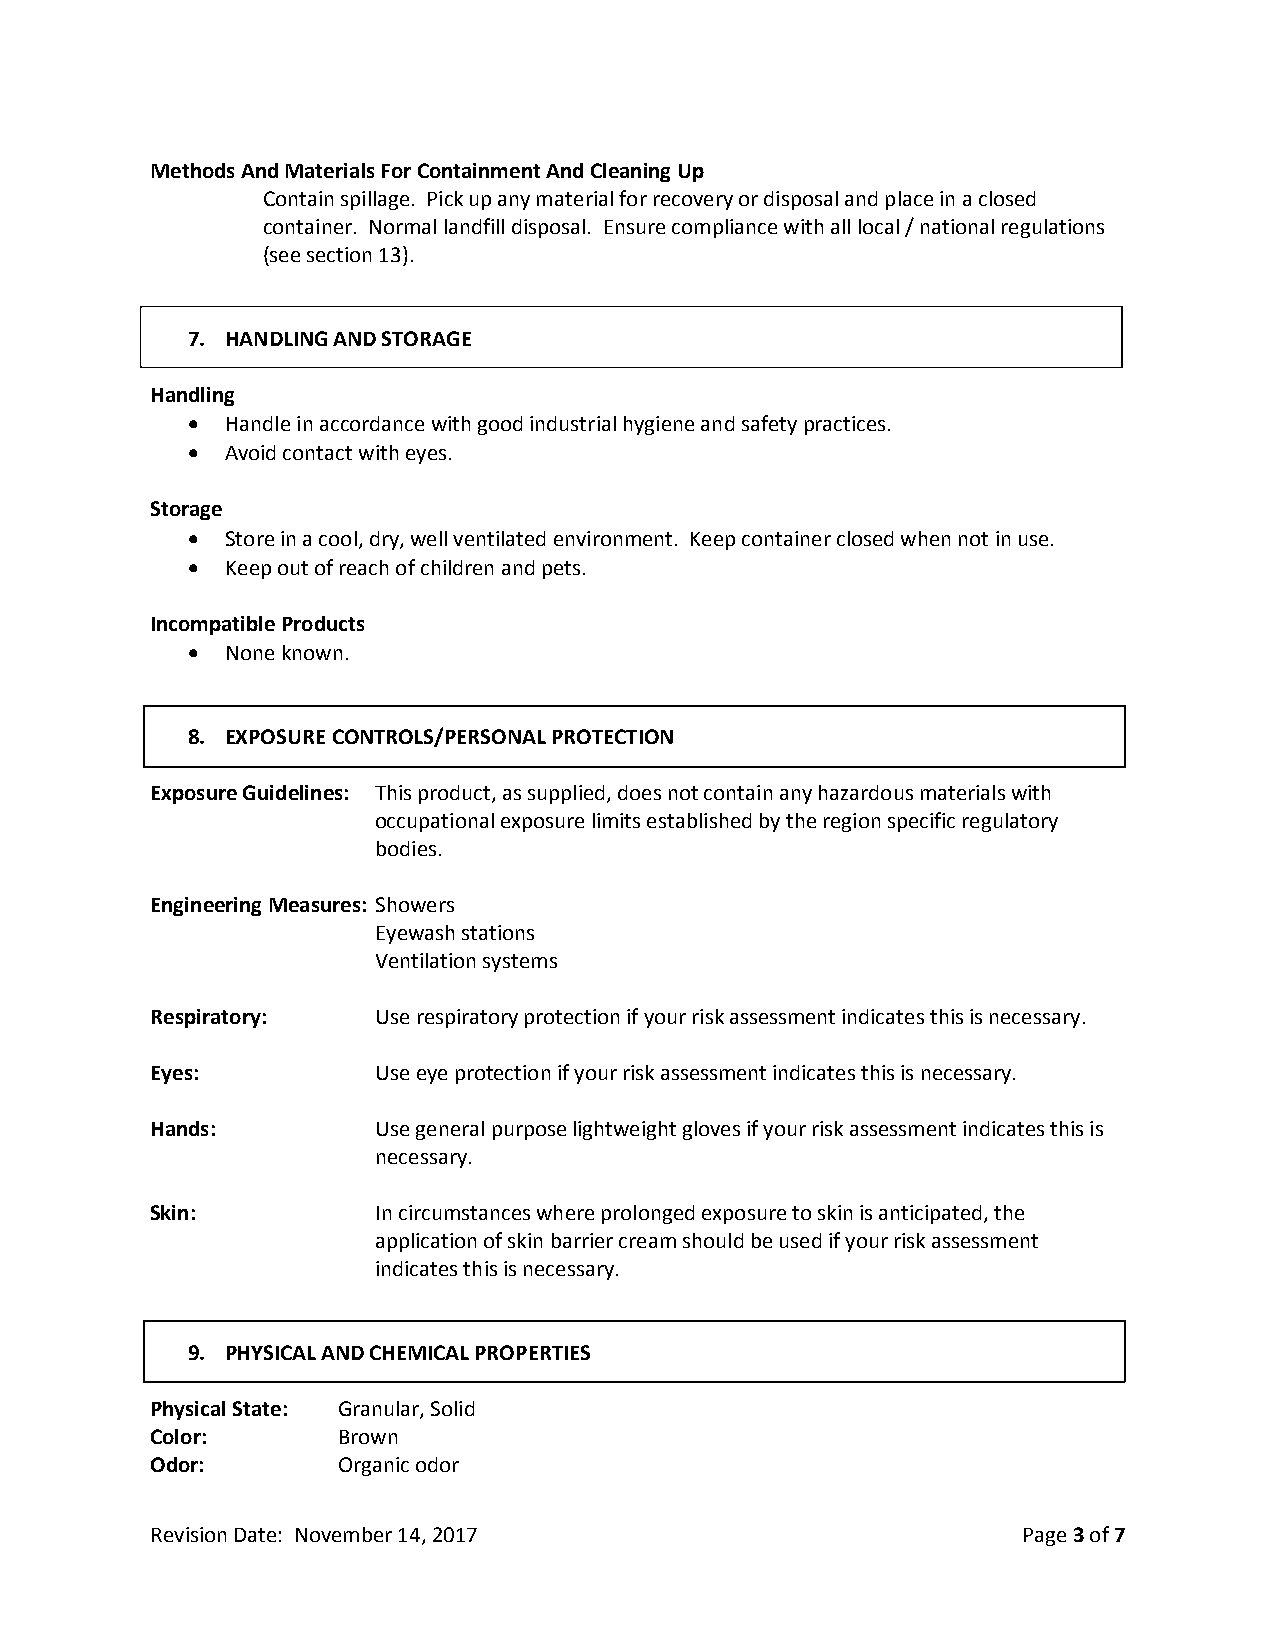
Methods And Materials For Containment And Cleaning Up
 Contain spillage. Pick up any material for recovery or disposal and place in a closed
 container. Normal landfill disposal. Ensure compliance with all local / national regulations
 (see section 13).
 7. HANDLING AND STORAGE
 Handling
 •  Handle in accordance with good industrial hygiene and safety practices.
 •  Avoid contact with eyes.
 Storage
 •  Store in a cool, dry, well ventilated environment. Keep container closed when not in use.
 •  Keep out of reach of children and pets.
 Incompatible Products
 •  None known.
 8. EXPOSURE CONTROLS/PERSONAL PROTECTION
 Exposure Guidelines: This product, as supplied, does not contain any hazardous materials with
 occupational exposure limits established by the region specific regulatory
 bodies.
 Engineering Measures: Showers
 Eyewash stations
 Ventilation systems
 Respiratory:   Use respiratory protection if your risk assessment indicates this is necessary.
 Eyes:          Use eye protection if your risk assessment indicates this is necessary.
 Hands:         Use general purpose lightweight gloves if your risk assessment indicates this is
 necessary.
 Skin:          In circumstances where prolonged exposure to skin is anticipated, the
 application of skin barrier cream should be used if your risk assessment
 indicates this is necessary.
 9. PHYSICAL AND CHEMICAL PROPERTIES
 Physical State: Granular, Solid
 Color:      Brown
 Odor:       Organic odor
 Revision Date: November 14, 2017                          Page 3 of 7